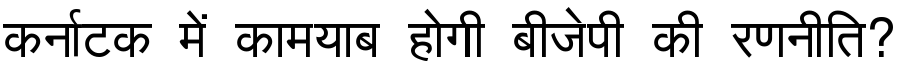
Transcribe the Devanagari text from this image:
कर्नाटक में कामयाब होगी बीजेपी की रणनीति?